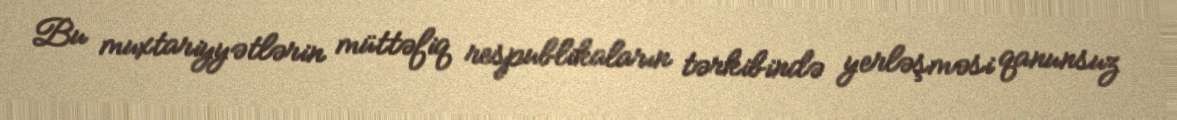
Bu muxtariyyətlərin müttəfiq respublikaların tərkibində yerləşməsi qanunsuz